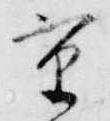
重